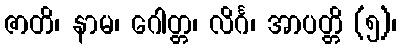
ဇာတိ၊ နာမ၊ ဂေါတ္တ၊ လိင်္ဂ၊ အာပတ္တိ (၅)၊